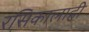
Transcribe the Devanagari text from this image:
रसिकालाही